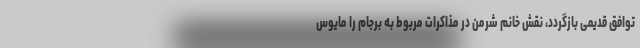
توافق قدیمی بازگردد، نقش خانم شرمن در مذاکرات مربوط به برجام را مایوس